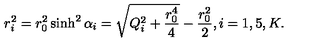
r _ { i } ^ { 2 } = r _ { 0 } ^ { 2 } \sinh ^ { 2 } \alpha _ { i } = \sqrt { Q _ { i } ^ { 2 } + { \frac { r _ { 0 } ^ { 4 } } { 4 } } } - { \frac { r _ { 0 } ^ { 2 } } { 2 } } , i = 1 , 5 , K .